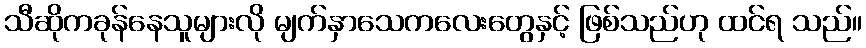
သီဆိုကခုန်နေသူများလို မျက်နှာသေကလေးတွေနှင့် ဖြစ်သည်ဟု ထင်ရ သည်။